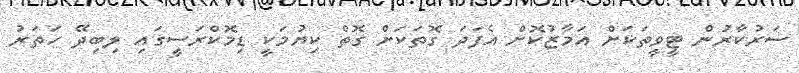
ސަރުކާރުން ޓީވީތަކަށް އަމާޒުކޮށް އެފަދަ ގޮތަކަށް ގޮތް ކިޔުމަކީ ޑިމޮކްރަސީގައި ލިބިދޭ ހަތަރު